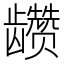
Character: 𲎫